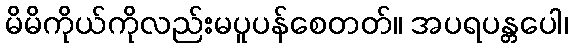
မိမိကိုယ်ကိုလည်းမပူပန်စေတတ်။ အပရပန္တပေါ၊